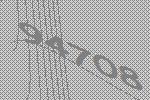
94708